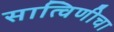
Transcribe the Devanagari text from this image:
सात्विणीचा